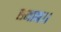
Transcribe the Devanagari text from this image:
समान।।